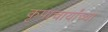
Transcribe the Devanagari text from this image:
कृपाचार्यांच्या